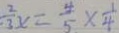
\frac { 2 } { 3 } x = \frac { 4 } { 5 } \times \frac { 1 } { 4 }